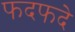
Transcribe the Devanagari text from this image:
फदफदे